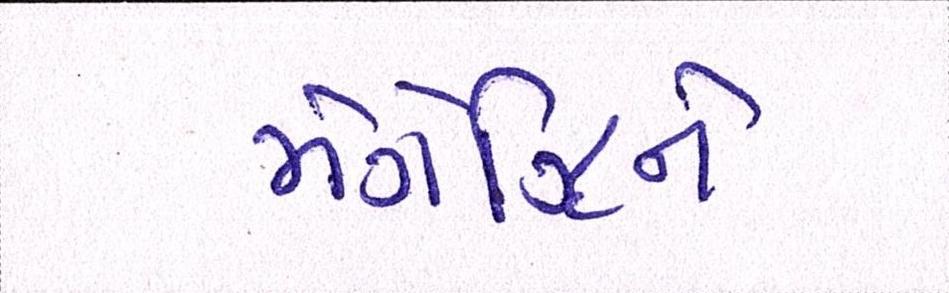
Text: મેગેઝિને